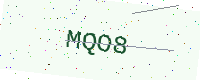
Text: MQO8